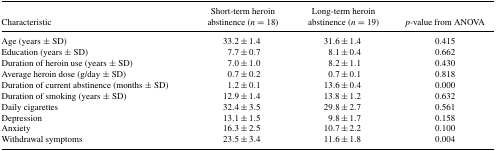
<table><thead><tr><td><b>Characteristic</b></td><td><b>Short-term heroin abstinence (<i>n</i> = 18)</b></td><td><b>Long-term heroin abstinence (<i>n</i> = 19)</b></td><td><b><i>p</i>-value from ANOVA</b></td></tr></thead><tbody><tr><td>Age (years ± SD)</td><td>33.2 ± 1.4</td><td>31.6 ± 1.4</td><td>0.415</td></tr><tr><td>Education (years ± SD)</td><td>7.7 ± 0.7</td><td>8.1 ± 0.4</td><td>0.662</td></tr><tr><td>Duration of heroin use (years ± SD)</td><td>7.0 ± 1.0</td><td>8.2 ± 1.1</td><td>0.430</td></tr><tr><td>Average heroin dose (g/day ± SD)</td><td>0.7 ± 0.2</td><td>0.7 ± 0.1</td><td>0.818</td></tr><tr><td>Duration of current abstinence (months ± SD)</td><td>1.2 ± 0.1</td><td>13.6 ± 0.4</td><td>0.000</td></tr><tr><td>Duration of smoking (years ± SD)</td><td>12.9 ± 1.4</td><td>13.8 ± 1.2</td><td>0.632</td></tr><tr><td>Daily cigarettes</td><td>32.4 ± 3.5</td><td>29.8 ± 2.7</td><td>0.561</td></tr><tr><td>Depression</td><td>13.1 ± 1.5</td><td>9.8 ± 1.7</td><td>0.158</td></tr><tr><td>Anxiety</td><td>16.3 ± 2.5</td><td>10.7 ± 2.2</td><td>0.100</td></tr><tr><td>Withdrawal symptoms</td><td>23.5 ± 3.4</td><td>11.6 ± 1.8</td><td>0.004</td></tr></tbody></table>